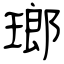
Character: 瑯